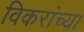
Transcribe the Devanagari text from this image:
विकरांच्या